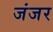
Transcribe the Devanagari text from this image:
जंजर